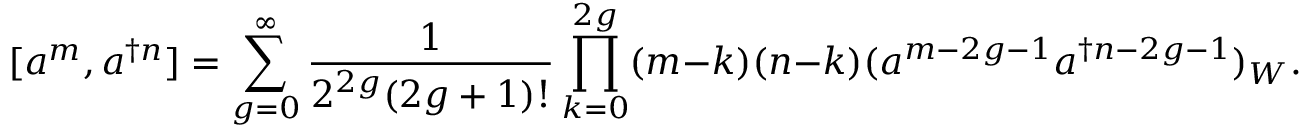
[ a ^ { m } , a ^ { \dagger n } ] = \sum _ { g = 0 } ^ { \infty } \frac { 1 } { 2 ^ { 2 g } ( 2 g + 1 ) ! } \prod _ { k = 0 } ^ { 2 g } ( m - k ) ( n - k ) ( a ^ { m - 2 g - 1 } a ^ { \dagger n - 2 g - 1 } ) _ { W } .